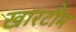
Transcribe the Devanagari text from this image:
खारटौम